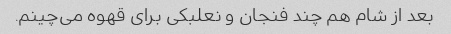
بعد از شام هم چند فنجان و نعلبکی برای قهوه می‌چینم.